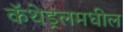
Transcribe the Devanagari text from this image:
कॅथेड्रलमधील